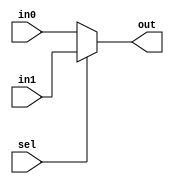
`timescale 1ns / 1ps
//////////////////////////////////////////////////////////////////////////////////
// Company: 
// Engineer: 
// 
// Design Name: 
// Module Name:    mux 
// Project Name: 
// Target Devices: 
// Tool versions: 
// Description: 
//
// Dependencies: 
//
// Revision: 
// Revision 0.01 - File Created
// Additional Comments: 
//
//////////////////////////////////////////////////////////////////////////////////
module in2_1mux(
    input [31:0] in0,
	 input [31:0] in1,
    output [31:0] out,
    input sel
    );
assign out=sel?in1:in0;

endmodule